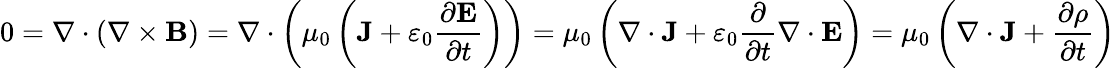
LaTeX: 0=\nabla\cdot(\nabla\times\mathbf{B})=\nabla\cdot\left(\mu_{0}\left(\mathbf{J}+\varepsilon_{0}{\frac{\partial\mathbf{E}}{\partial t}}\right)\right)=\mu_{0}\left(\nabla\cdot\mathbf{J}+\varepsilon_{0}{\frac{\partial}{\partial t}}\nabla\cdot\mathbf{E}\right)=\mu_{0}\left(\nabla\cdot\mathbf{J}+{\frac{\partial\rho}{\partial t}}\right)